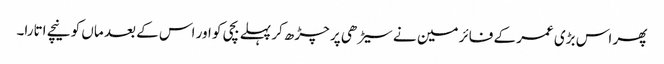
پھر اس بڑی عمر کے فائر مین نے سیڑھی پر چڑھ کر پہلے بچی کو اور اس کے بعد ماں کو نیچے اتارا۔